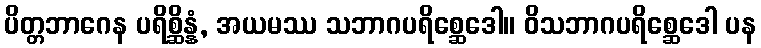
ပိတ္တဘာဂေန ပရိစ္ဆိန္နံ, အယမဿ သဘာဂပရိစ္ဆေဒေါ။ ဝိသဘာဂပရိစ္ဆေဒေါ ပန